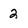
Character: 2